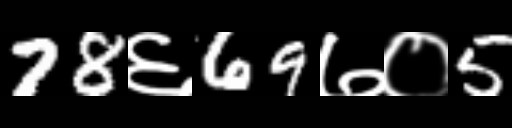
Text: 78६69७०5